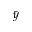
\bar { y }